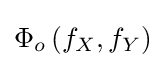
\Phi _{o}\left(f_{X},f_{Y}\right)